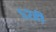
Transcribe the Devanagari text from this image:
५२ही